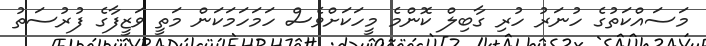
މަސައްކަތުގެ ހުނަރު ހުރި ގާބިލް ކޮންމެ މީހަކަށްވެސް ހަމަހަމަކަން މަތީ ވަޒީފާގެ ފުރުސަތު